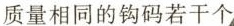
质量相同的钩码若干个